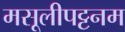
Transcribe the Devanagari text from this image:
मसूलीपट्टनम